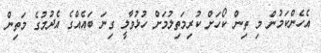
އެހެންކަމުން މި ތިން ކޯހަށް ކުރިމަތިލުމަށް ހުޅުވާލީ ގިނަ ބައެއްގެ އެދުމުގެ މަތިން